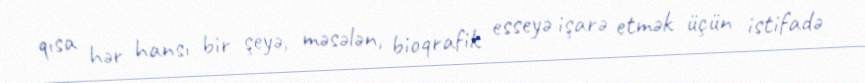
qısa hər hansı bir şeyə, məsələn, bioqrafik esseyə işarə etmək üçün istifadə